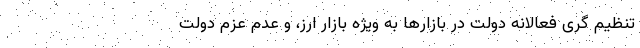
تنظیم گری فعالانه دولت در بازارها به ویژه بازار ارز، و عدم عزم دولت